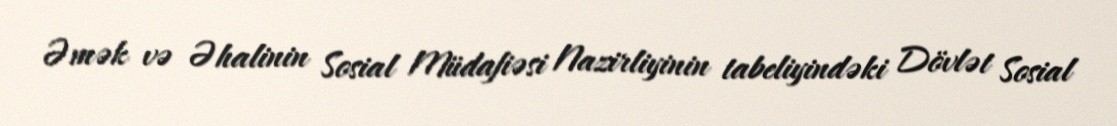
Əmək və Əhalinin Sosial Müdafiəsi Nazirliyinin tabeliyindəki Dövlət Sosial